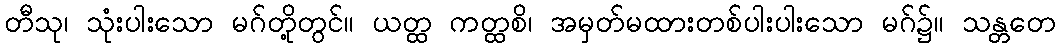
တီသု၊ သုံးပါးသော မဂ်တို့တွင်။ ယတ္ထ ကတ္ထစိ၊ အမှတ်မထားတစ်ပါးပါးသော မဂ်၌။ သန္တတေ